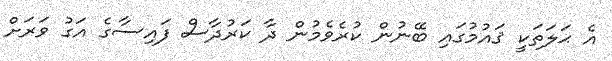
އެ ޙަލަތަކީ ޤައުމުގައި ބޭނުން ކުރެވެމުން ދާ ކަރުދާސް ފައިސާގެ އަގު ވަރަށް